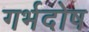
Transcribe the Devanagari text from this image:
गर्भदोष